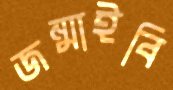
জন্মাইবি